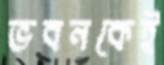
ভবনকেই